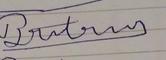
Signature authenticity: forged